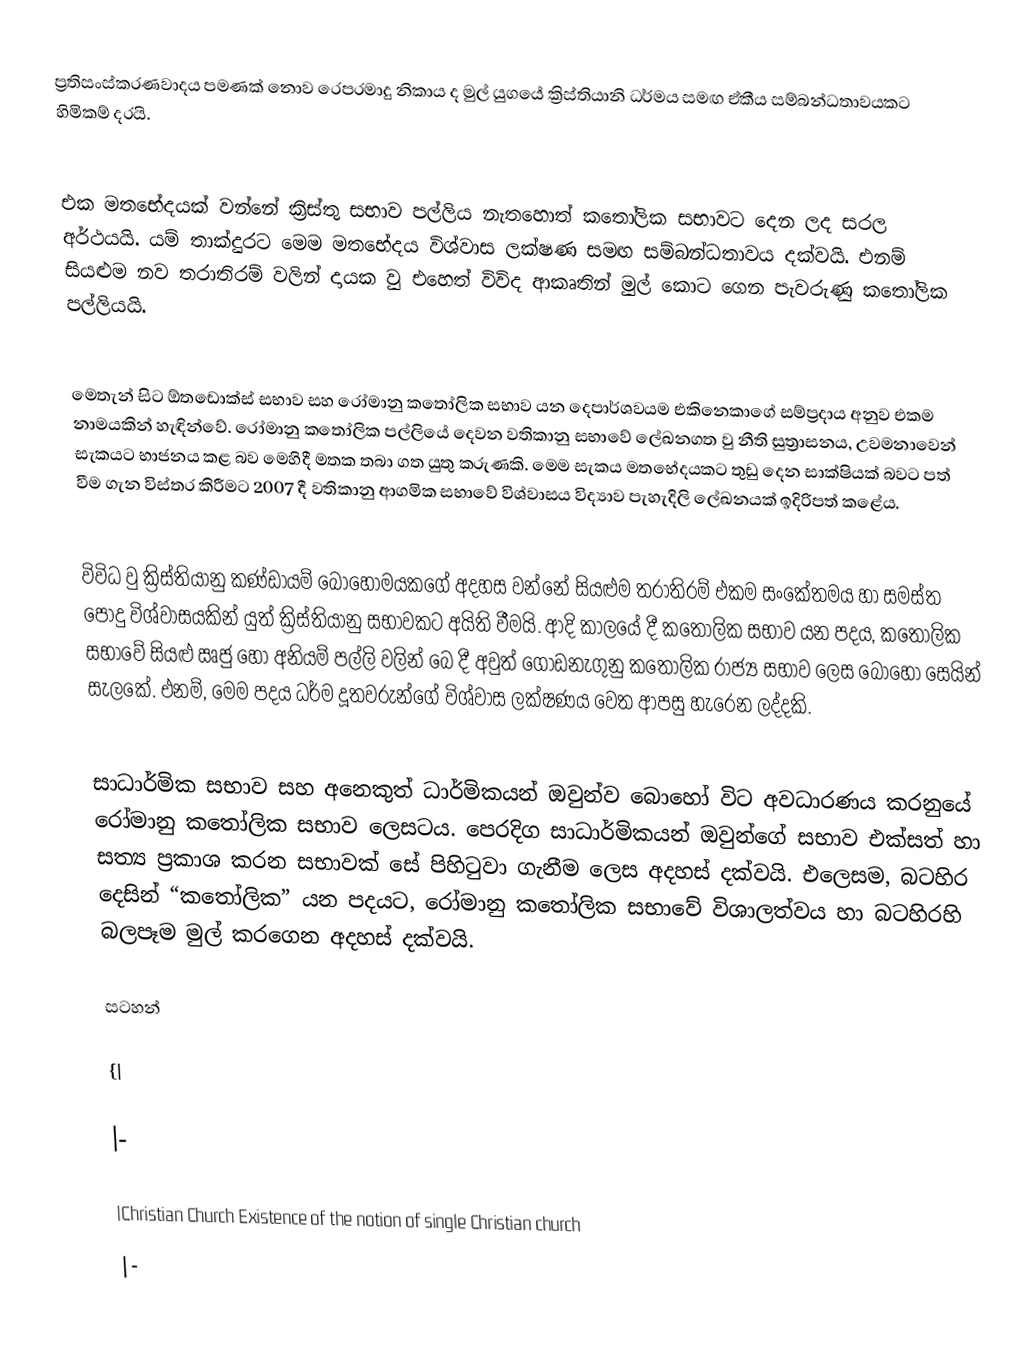
ප්‍රතිසංස්කරණවාදය පමණක් නොව රෙපරමාදු නිකාය ද මුල් යුගයේ ක්‍රිස්තියානි ධර්මය සමඟ ඒකීය සම්බන්ධතාවයකට හිමිකම් දරයි.

එක මතභේදයක් වන්නේ ක්‍රිස්තු සභාව පල්ලිය නැතහොත් කතෝලික සභාවට දෙන ලද සරල අර්ථයයි. යම් තාක්දුරට මෙම මතභේදය  විශ්වාස ලක්ෂණ සමඟ සම්බන්ධතාවය දක්වයි. එනම් සියළුම නව තරාතිරම් වලින් දායක වු එහෙත් විවිද ආකෘතින් මුල් කොට ගෙන පැවරුණු කතෝලික පල්ලියයි.

මෙතැන් සිට ඕතඩොක්ස් සභාව සහ රෝමානු කතෝලික සභාව යන දෙපාර්ශවයම  එකිනෙකාගේ සම්ප්‍රදාය අනුව එකම නාමයකින් හැඳින්වේ. රෝමානු කතෝලික පල්ලියේ දෙවන වතිකානු සභාවේ ලේඛනගත වු නීති සුත්‍රාසනය, උවමනාවෙන් සැකයට භාජනය කළ බව මෙහිදී මතක තබා ගත යුතු කරුණකි. මෙම සැකය මතභේදයකට තුඩු දෙන සාක්ෂියක් බවට පත් වීම ගැන විස්තර කිරීමට 2007 දී වතිකානු ආගමික සභාවේ විශ්වාසය විද්‍යාව පැහැදිලි ලේඛනයක් ඉදිරිපත් කළේය.

විවිධ වු ක්‍රිස්තියානු කණ්ඩායම් බොහොමයකගේ අදහස වන්නේ සියළුම තරාතිරම් එකම සංකේතමය හා සමස්ත පොදු විශ්වාසයකින් යුත් ක්‍රිස්තියානු සභාවකට අයිති වීමයි. ආදි කාලයේ දී කතෝලික සභාව යන පදය, කතෝලික සභාවේ සියළු ඍජු හෝ අනියම් පල්ලි වලින් බෙ දී අවුත් ගොඩනැගුනු කතෝලික රාජ්‍ය සභාව ලෙස බොහෝ සෙයින් සැලකේ. එනම්, මෙම පදය ධර්ම දූතවරුන්ගේ විශ්වාස ලක්ෂණය වෙත ආපසු හැරෙන ලද්දකි.

සාධාර්මික සභාව සහ ‍අනෙකුත් ධාර්මිකයන් ඔවුන්ව බොහෝ විට අවධාරණය කරනුයේ රෝමානු කතෝලික සභාව ලෙසටය. පෙරදිග සාධාර්මිකයන් ඔවුන්ගේ සභාව එක්සත් හා සත්‍ය ප්‍රකාශ කරන සභාවක් සේ පිහිටුවා ගැනීම ලෙස අදහස් දක්වයි. එලෙසම, බටහිර දෙසින් “කතෝලික” යන පදයට, රෝමානු කතෝලික සභාවේ විශාලත්වය හා බටහිරහි බලපෑම මුල් කරගෙන අදහස් දක්වයි.

සටහන්

{|

|-

|Christian Church Existence of the notion of single Christian church
|-